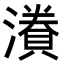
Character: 𭲷